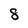
Character: 8